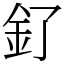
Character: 釕